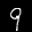
Label: 9